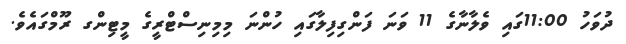
ދުވަހު 11:00ގައި ވެލާނާގެ 11 ވަނަ ފަންގިފިލާގައި ހުންނަ މިމިނިސްޓްރީގެ މީޓިންގ ރޫމްގައެވެ.